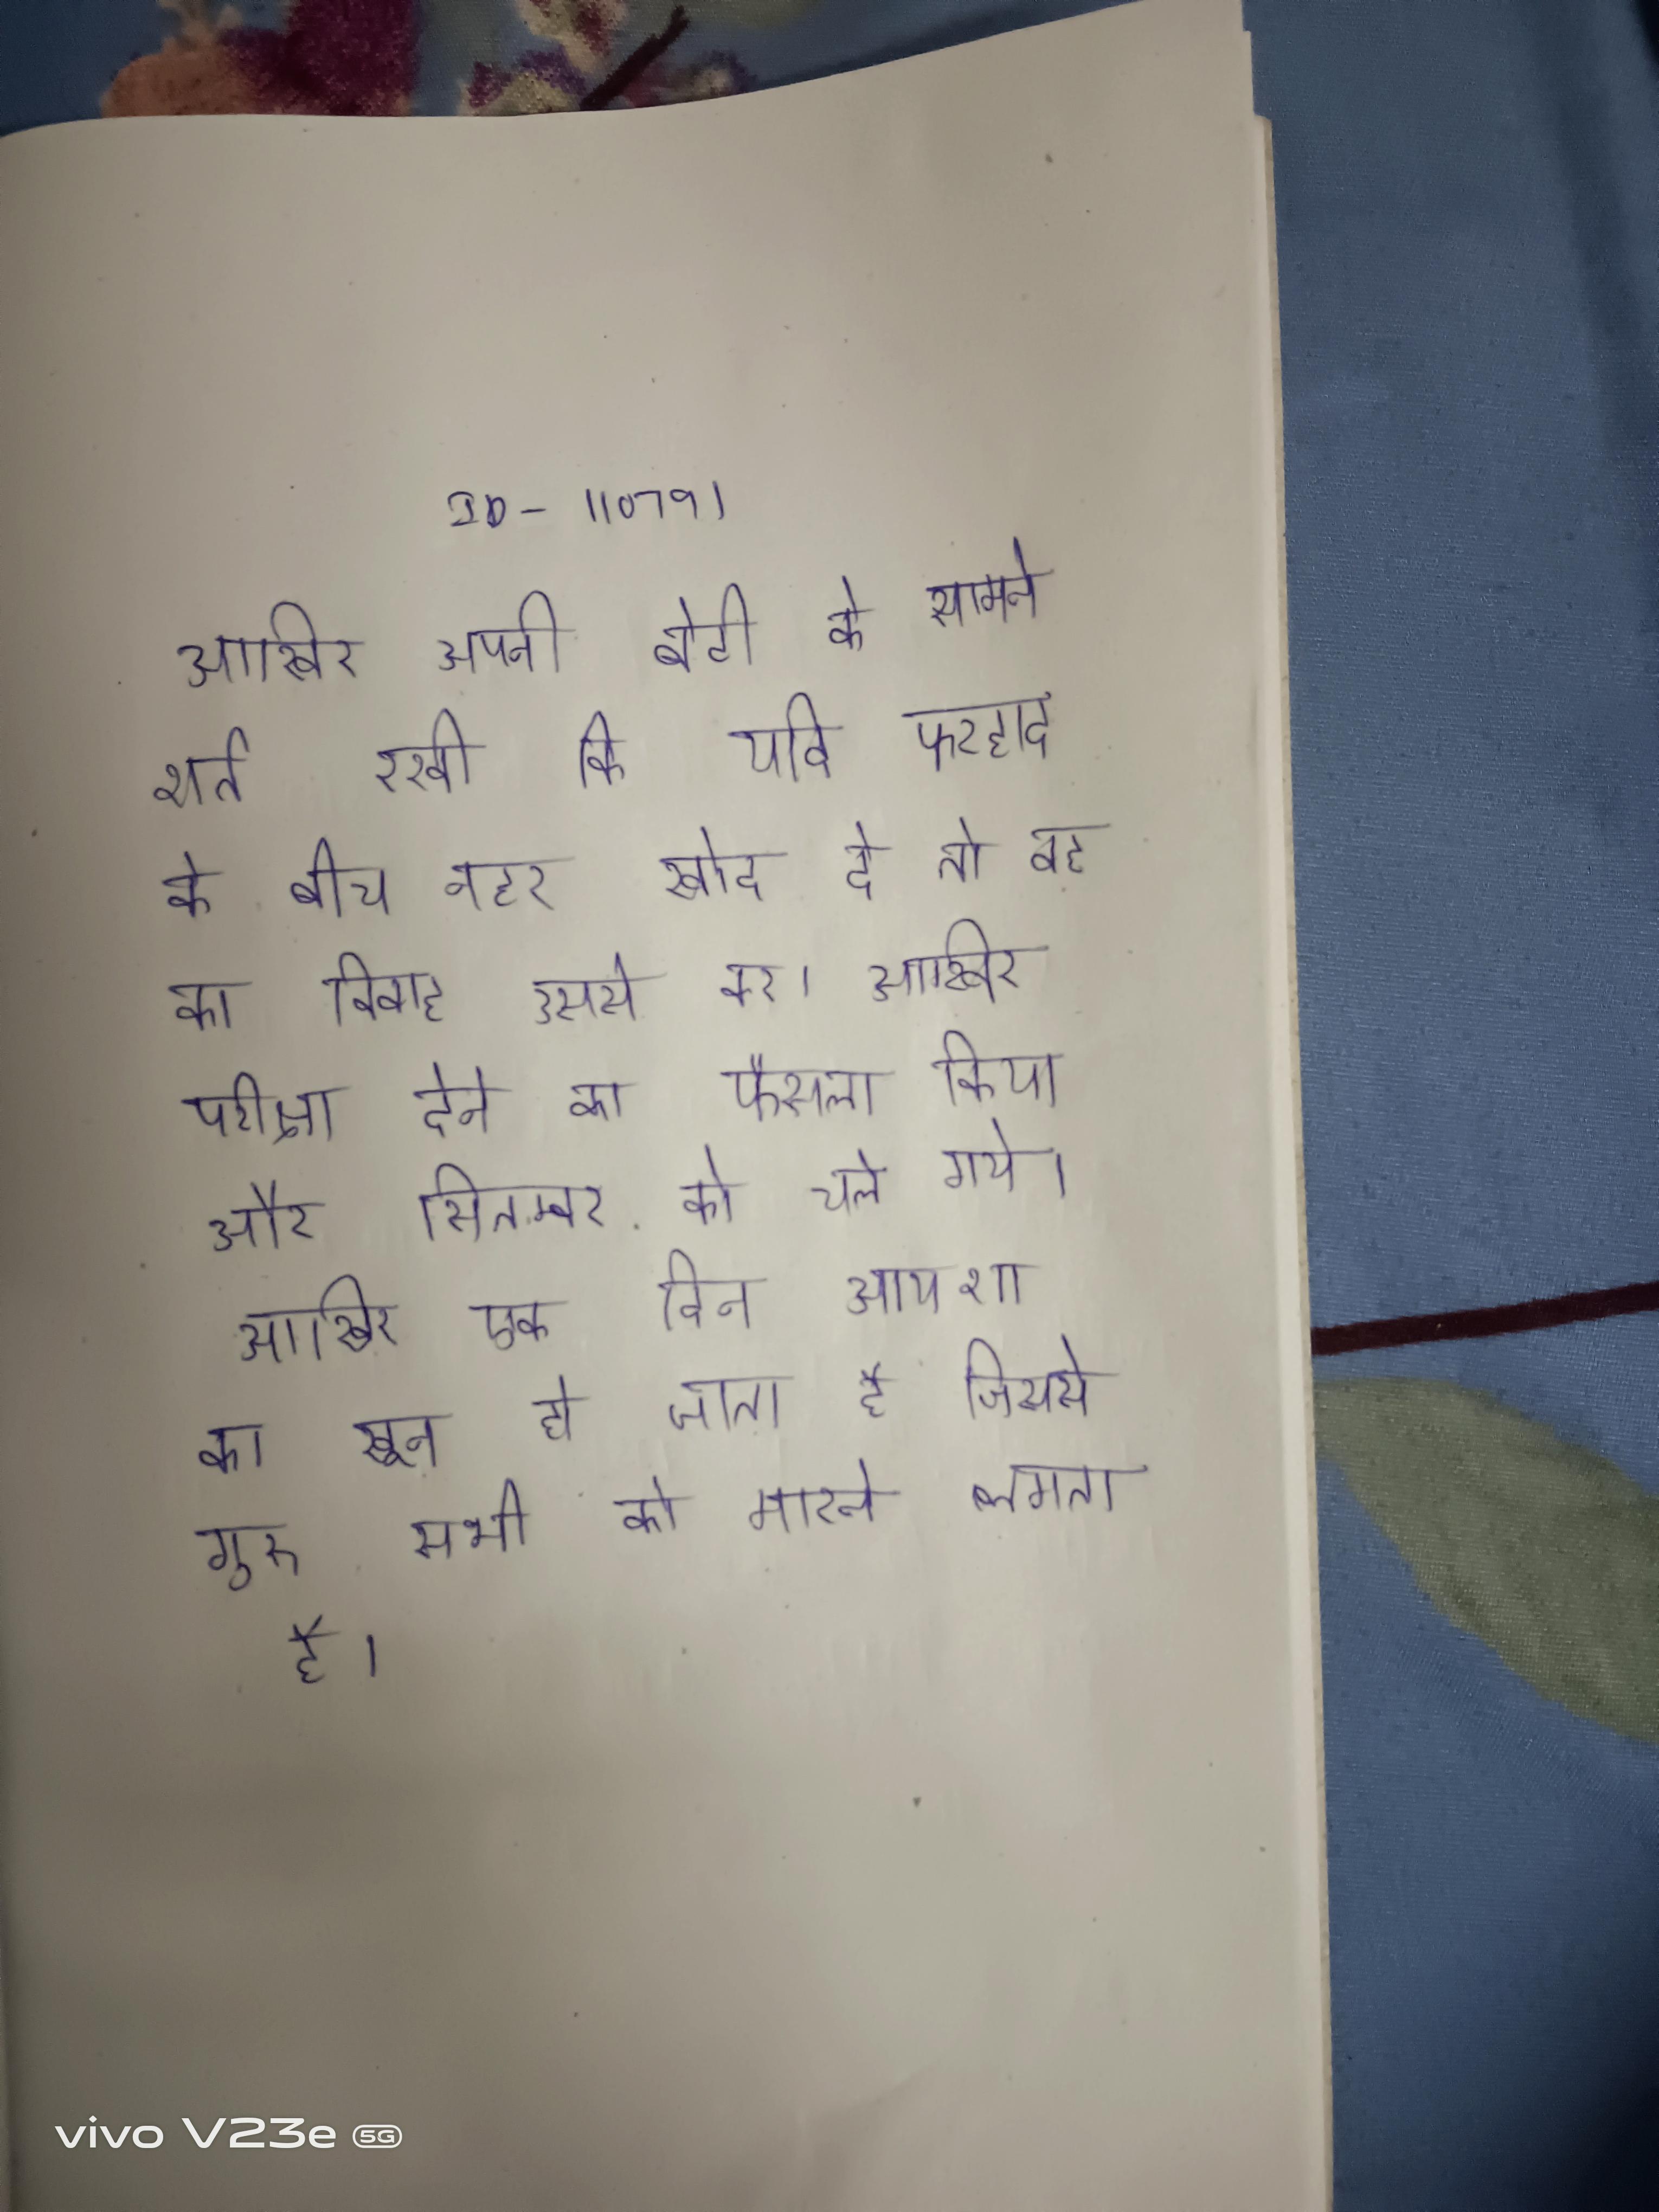
आखिर अपनी बेटी के सामने शर्त रखी कि यदि फरहाद के बीच नहर खोद दे तो वह का विवाह उससे कर । आखिर परीक्षा देने का फैसला किया और सितम्बर को चले गये । आखिर एक दिन आयशा का खून हो जाता है जिससे गुरू सभी को मारने लगता है ।